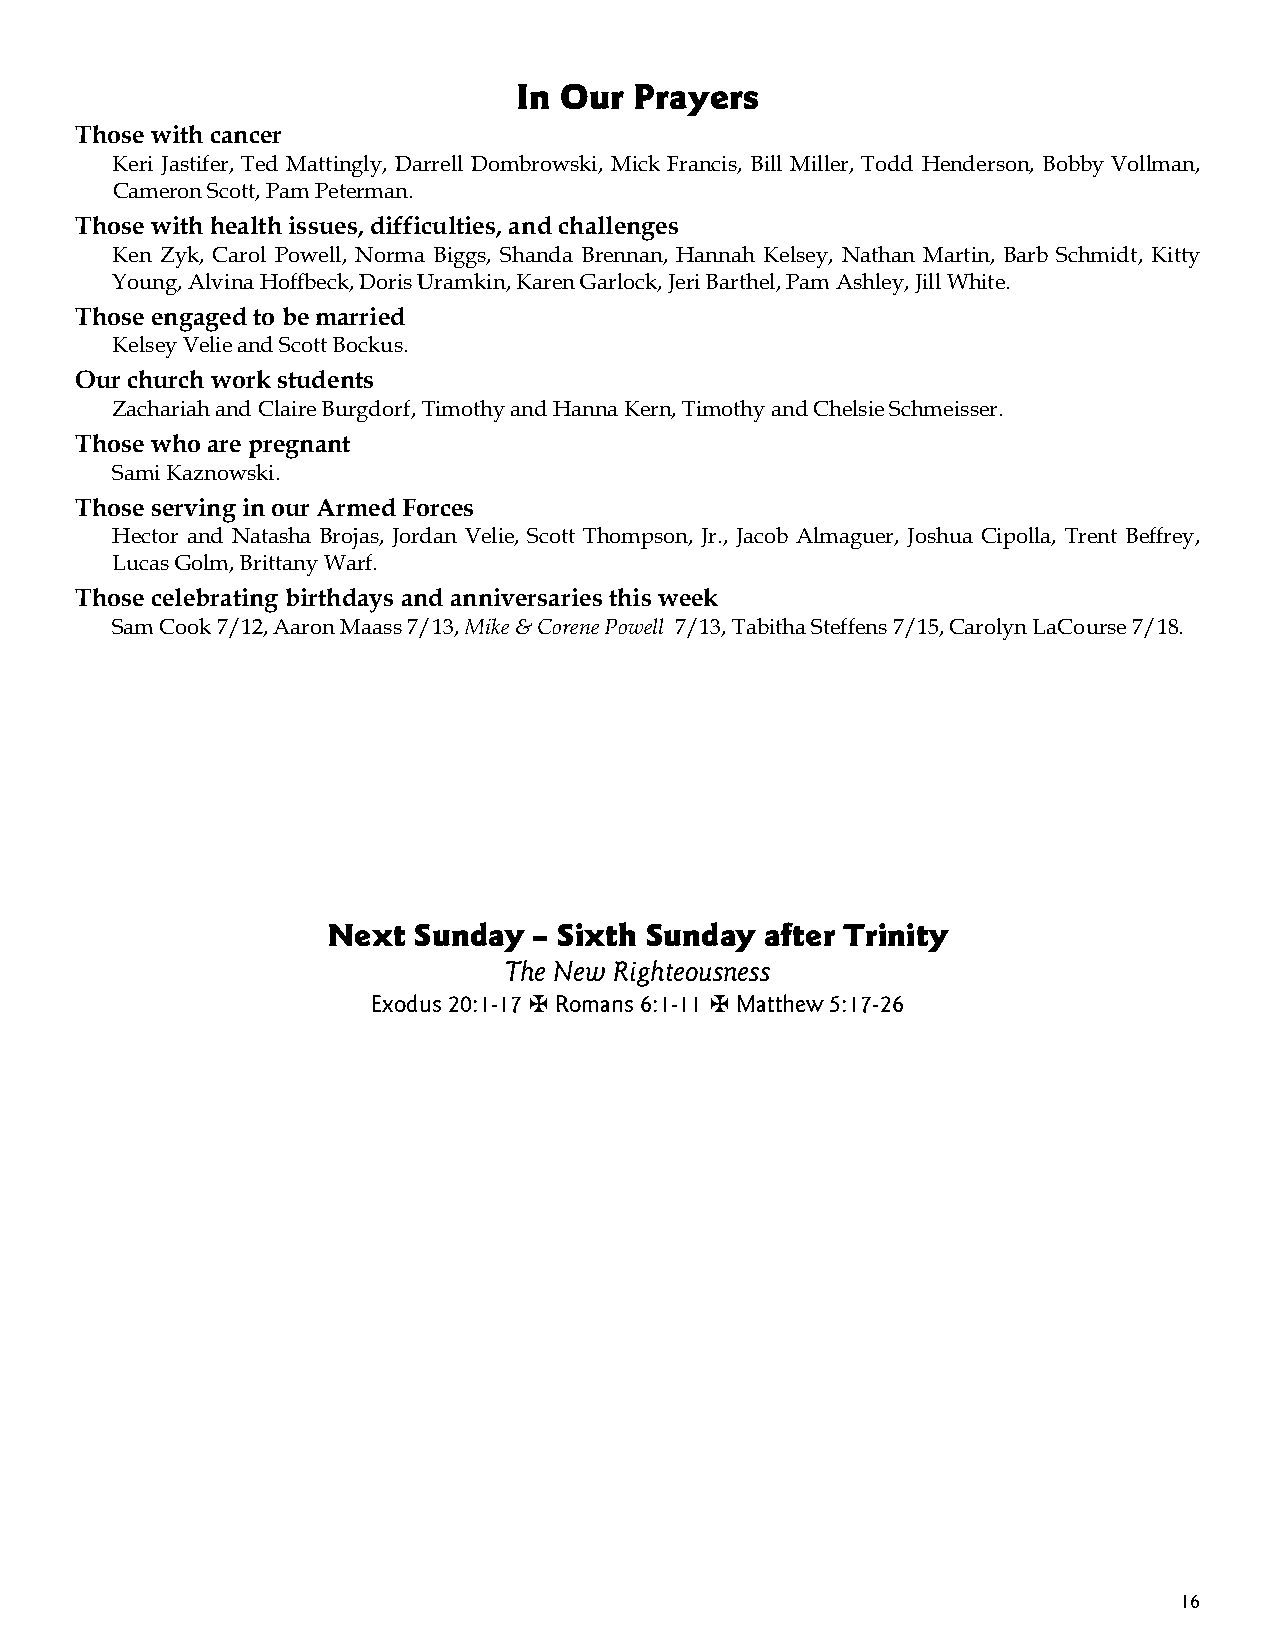
In Our  Prayers
 Those with cancer
 Keri Jastifer, Ted Mattingly, Darrell Dombrowski, Mick Francis, Bill Miller, Todd Henderson, Bobby Vollman,
 Cameron Scott, Pam Peterman.
 Those with health issues, difficulties, and challenges
 Ken Zyk, Carol Powell, Norma Biggs, Shanda Brennan, Hannah Kelsey, Nathan Martin, Barb Schmidt, Kitty
 Young, Alvina Hoffbeck, Doris Uramkin, Karen Garlock, Jeri Barthel, Pam Ashley, Jill White.
 Those engaged to be married
 Kelsey Velie and Scott Bockus.
 Our church work students
 Zachariah and Claire Burgdorf, Timothy and Hanna Kern, Timothy and Chelsie Schmeisser.
 Those who are pregnant
 Sami Kaznowski.
 Those serving in our Armed Forces
 Hector and Natasha Brojas, Jordan Velie, Scott Thompson, Jr., Jacob Almaguer, Joshua Cipolla, Trent Beffrey,
 Lucas Golm, Brittany Warf.
 Those celebrating birthdays and anniversaries this week
 Sam Cook 7/12, Aaron Maass 7/13, Mike & Corene Powell 7/13, Tabitha Steffens 7/15, Carolyn LaCourse 7/18.
 Next Sunday  – Sixth Sunday  after Trinity
 The New Righteousness
 Exodus 20:1-17 ✠ Romans 6:1-11 ✠ Matthew 5:17-26
 16